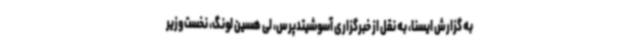
به گزارش ایسنا، به نقل از خبرگزاری آسوشیتدپرس، لی هسین لونگ، نخست‌وزیر